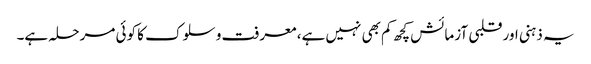
یہ ذہنی اور قلبی آزمائش کچھ کم بھی نہیں ہے، معرفت و سلوک کا کوئی مرحلہ ہے۔